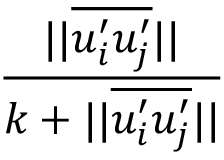
\frac { | | \overline { { u _ { i } ^ { \prime } u _ { j } ^ { \prime } } } | | } { k + | | \overline { { u _ { i } ^ { \prime } u _ { j } ^ { \prime } } } | | }